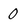
Character: 0